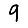
Digit: 9